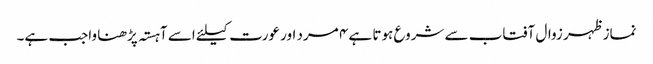
نماز ظہر زوال آفتاب سے شروع ہوتا ہے ۴ مرد اور عورت کیلئے اسے آہستہ پڑھنا واجب ہے۔